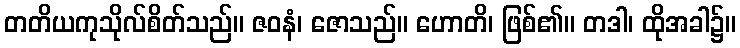
တတိယကုသိုလ်စိတ်သည်။ ဇဝနံ၊ ဇောသည်။ ဟောတိ၊ ဖြစ်၏။ တဒါ၊ ထိုအခါ၌။